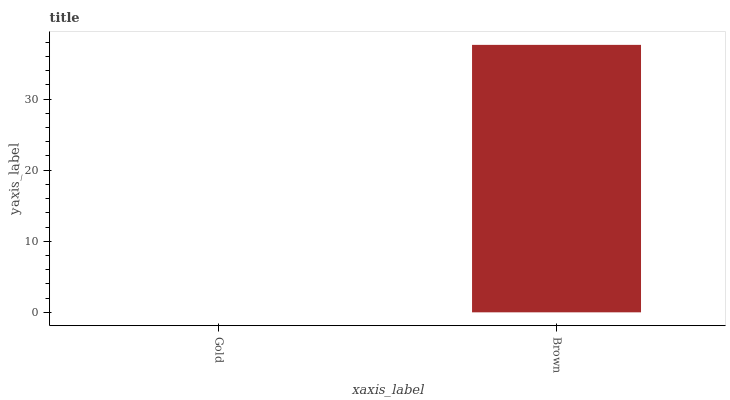
| xaxis_label | bars |
 | --- | --- |
 | Gold | 0 |
 | Brown | 37.6 |